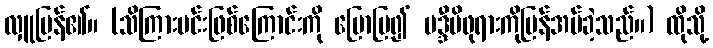
လှူပြန်၏။ (သိကြားမင်းဖြစ်ကြောင်းကို ပြောပြ၍ မဒ္ဒီမိဖုရားကိုပြန်အပ်ခဲ့သည်။) ထိုသို့